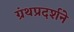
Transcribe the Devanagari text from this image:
ग्रंथप्रदर्शने